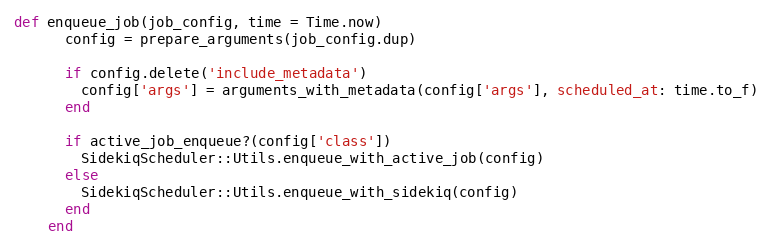
Language: Ruby
def enqueue_job(job_config, time = Time.now)
      config = prepare_arguments(job_config.dup)

      if config.delete('include_metadata')
        config['args'] = arguments_with_metadata(config['args'], scheduled_at: time.to_f)
      end

      if active_job_enqueue?(config['class'])
        SidekiqScheduler::Utils.enqueue_with_active_job(config)
      else
        SidekiqScheduler::Utils.enqueue_with_sidekiq(config)
      end
    end